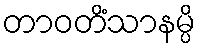
တာဝတိံသာနမ္ပိ